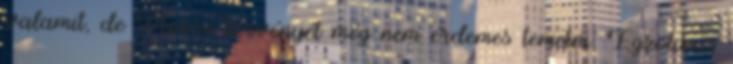
valamit, de Moore törvényét még nem érdemes temetni. Egzotikus